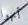
أنهوا